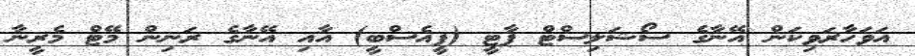
އަވަހާރަވިކަން އޭނާގެ ސޯޝަލިސްޓް ޕާޓީ (ޕީއެސްބީ) އާއި އޭނާގެ ރަނިން މޭޓް މެރީނާ